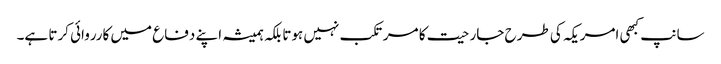
سانپ کبھی امریکہ کی طرح جارحیت کا مرتکب نہیں ہوتا بلکہ ہمیشہ اپنے دفاع میں کارروائی کرتا ہے۔